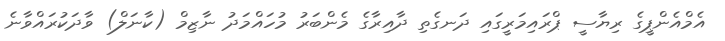
އެމްއެންޕީގެ ރިޔާސީ ޕްރައިމަރީގައި ދަނގެތި ދާއިރާގެ މެންބަރު މުހައްމަދު ނާޒިމް (ކާނަލް) ވާދަކުރައްވާނެ